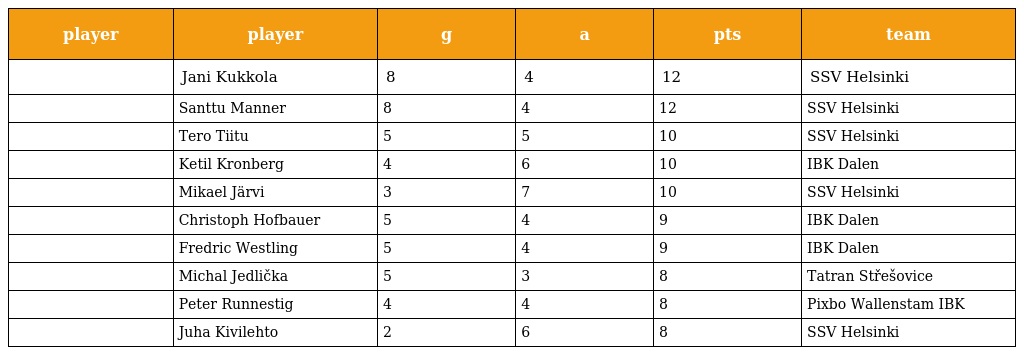
| player | player | g | a | pts | team |
 | --- | --- | --- | --- | --- | --- |
 |  | Jani Kukkola | 8 | 4 | 12 | SSV Helsinki |
 |  | Santtu Manner | 8 | 4 | 12 | SSV Helsinki |
 |  | Tero Tiitu | 5 | 5 | 10 | SSV Helsinki |
 |  | Ketil Kronberg | 4 | 6 | 10 | IBK Dalen |
 |  | Mikael Järvi | 3 | 7 | 10 | SSV Helsinki |
 |  | Christoph Hofbauer | 5 | 4 | 9 | IBK Dalen |
 |  | Fredric Westling | 5 | 4 | 9 | IBK Dalen |
 |  | Michal Jedlička | 5 | 3 | 8 | Tatran Střešovice |
 |  | Peter Runnestig | 4 | 4 | 8 | Pixbo Wallenstam IBK |
 |  | Juha Kivilehto | 2 | 6 | 8 | SSV Helsinki |